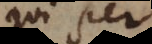
qui per